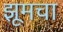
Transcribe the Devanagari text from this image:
झूमचा